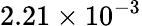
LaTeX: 2.21\times 10^{-3}